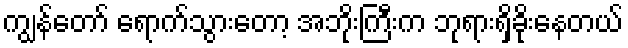
ကျွန်တော် ရောက်သွားတော့ အဘိုးကြီးက ဘုရားရှိခိုးနေတယ်